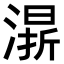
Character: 𣼬